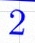
2